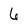
Character: 6